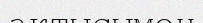
актысымен